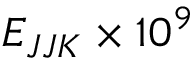
E _ { J J K } \times 1 0 ^ { 9 }